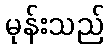
မုန်းသည်